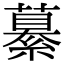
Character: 繤